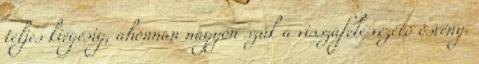
teljes kiégésig, ahonnan nagyon szűk a visszafelé vezető ösvény.